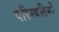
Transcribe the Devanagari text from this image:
परिस्‍थतियों